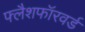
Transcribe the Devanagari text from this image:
फ्लैशफॉरवर्ड